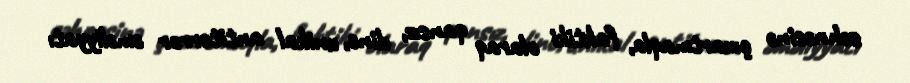
səhnəsinə çıxartmaqla, faktiki olaraq qansız, dinc, unikal antiterror əməliyyatı